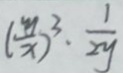
( \frac { y } { x } ) ^ { 3 } \cdot \frac { 1 } { 2 y }